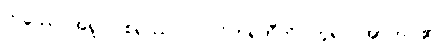
တဿေဝအရူပါဝစရဿ။ ပ။ ဝိဟရတီတိ၊ ဟူ၍။ အာဟ၊ ၏။